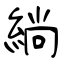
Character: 緔